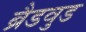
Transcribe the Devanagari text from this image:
ब्रैडवुड